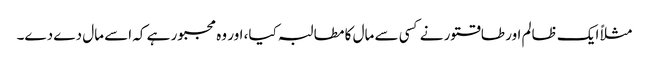
مثلاً ایک ظالم اور طاقتور نے کسی سے مال کا مطالبہ کیا، اور وہ مجبور ہے کہ اسے مال دے دے۔